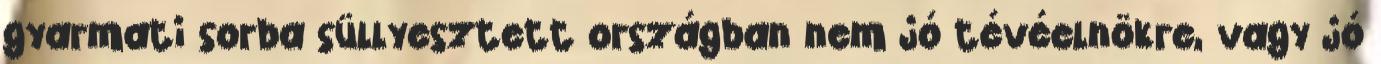
gyarmati sorba süllyesztett országban nem jó tévéelnökre, vagy jó